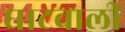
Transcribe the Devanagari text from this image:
घाटवाली